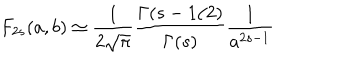
F _ { 2 s } ( a , b ) \simeq \frac { 1 } { 2 \sqrt { \pi } } \frac { \Gamma ( s - 1 / 2 ) } { \Gamma ( s ) } \frac { 1 } { a ^ { 2 s - 1 } }